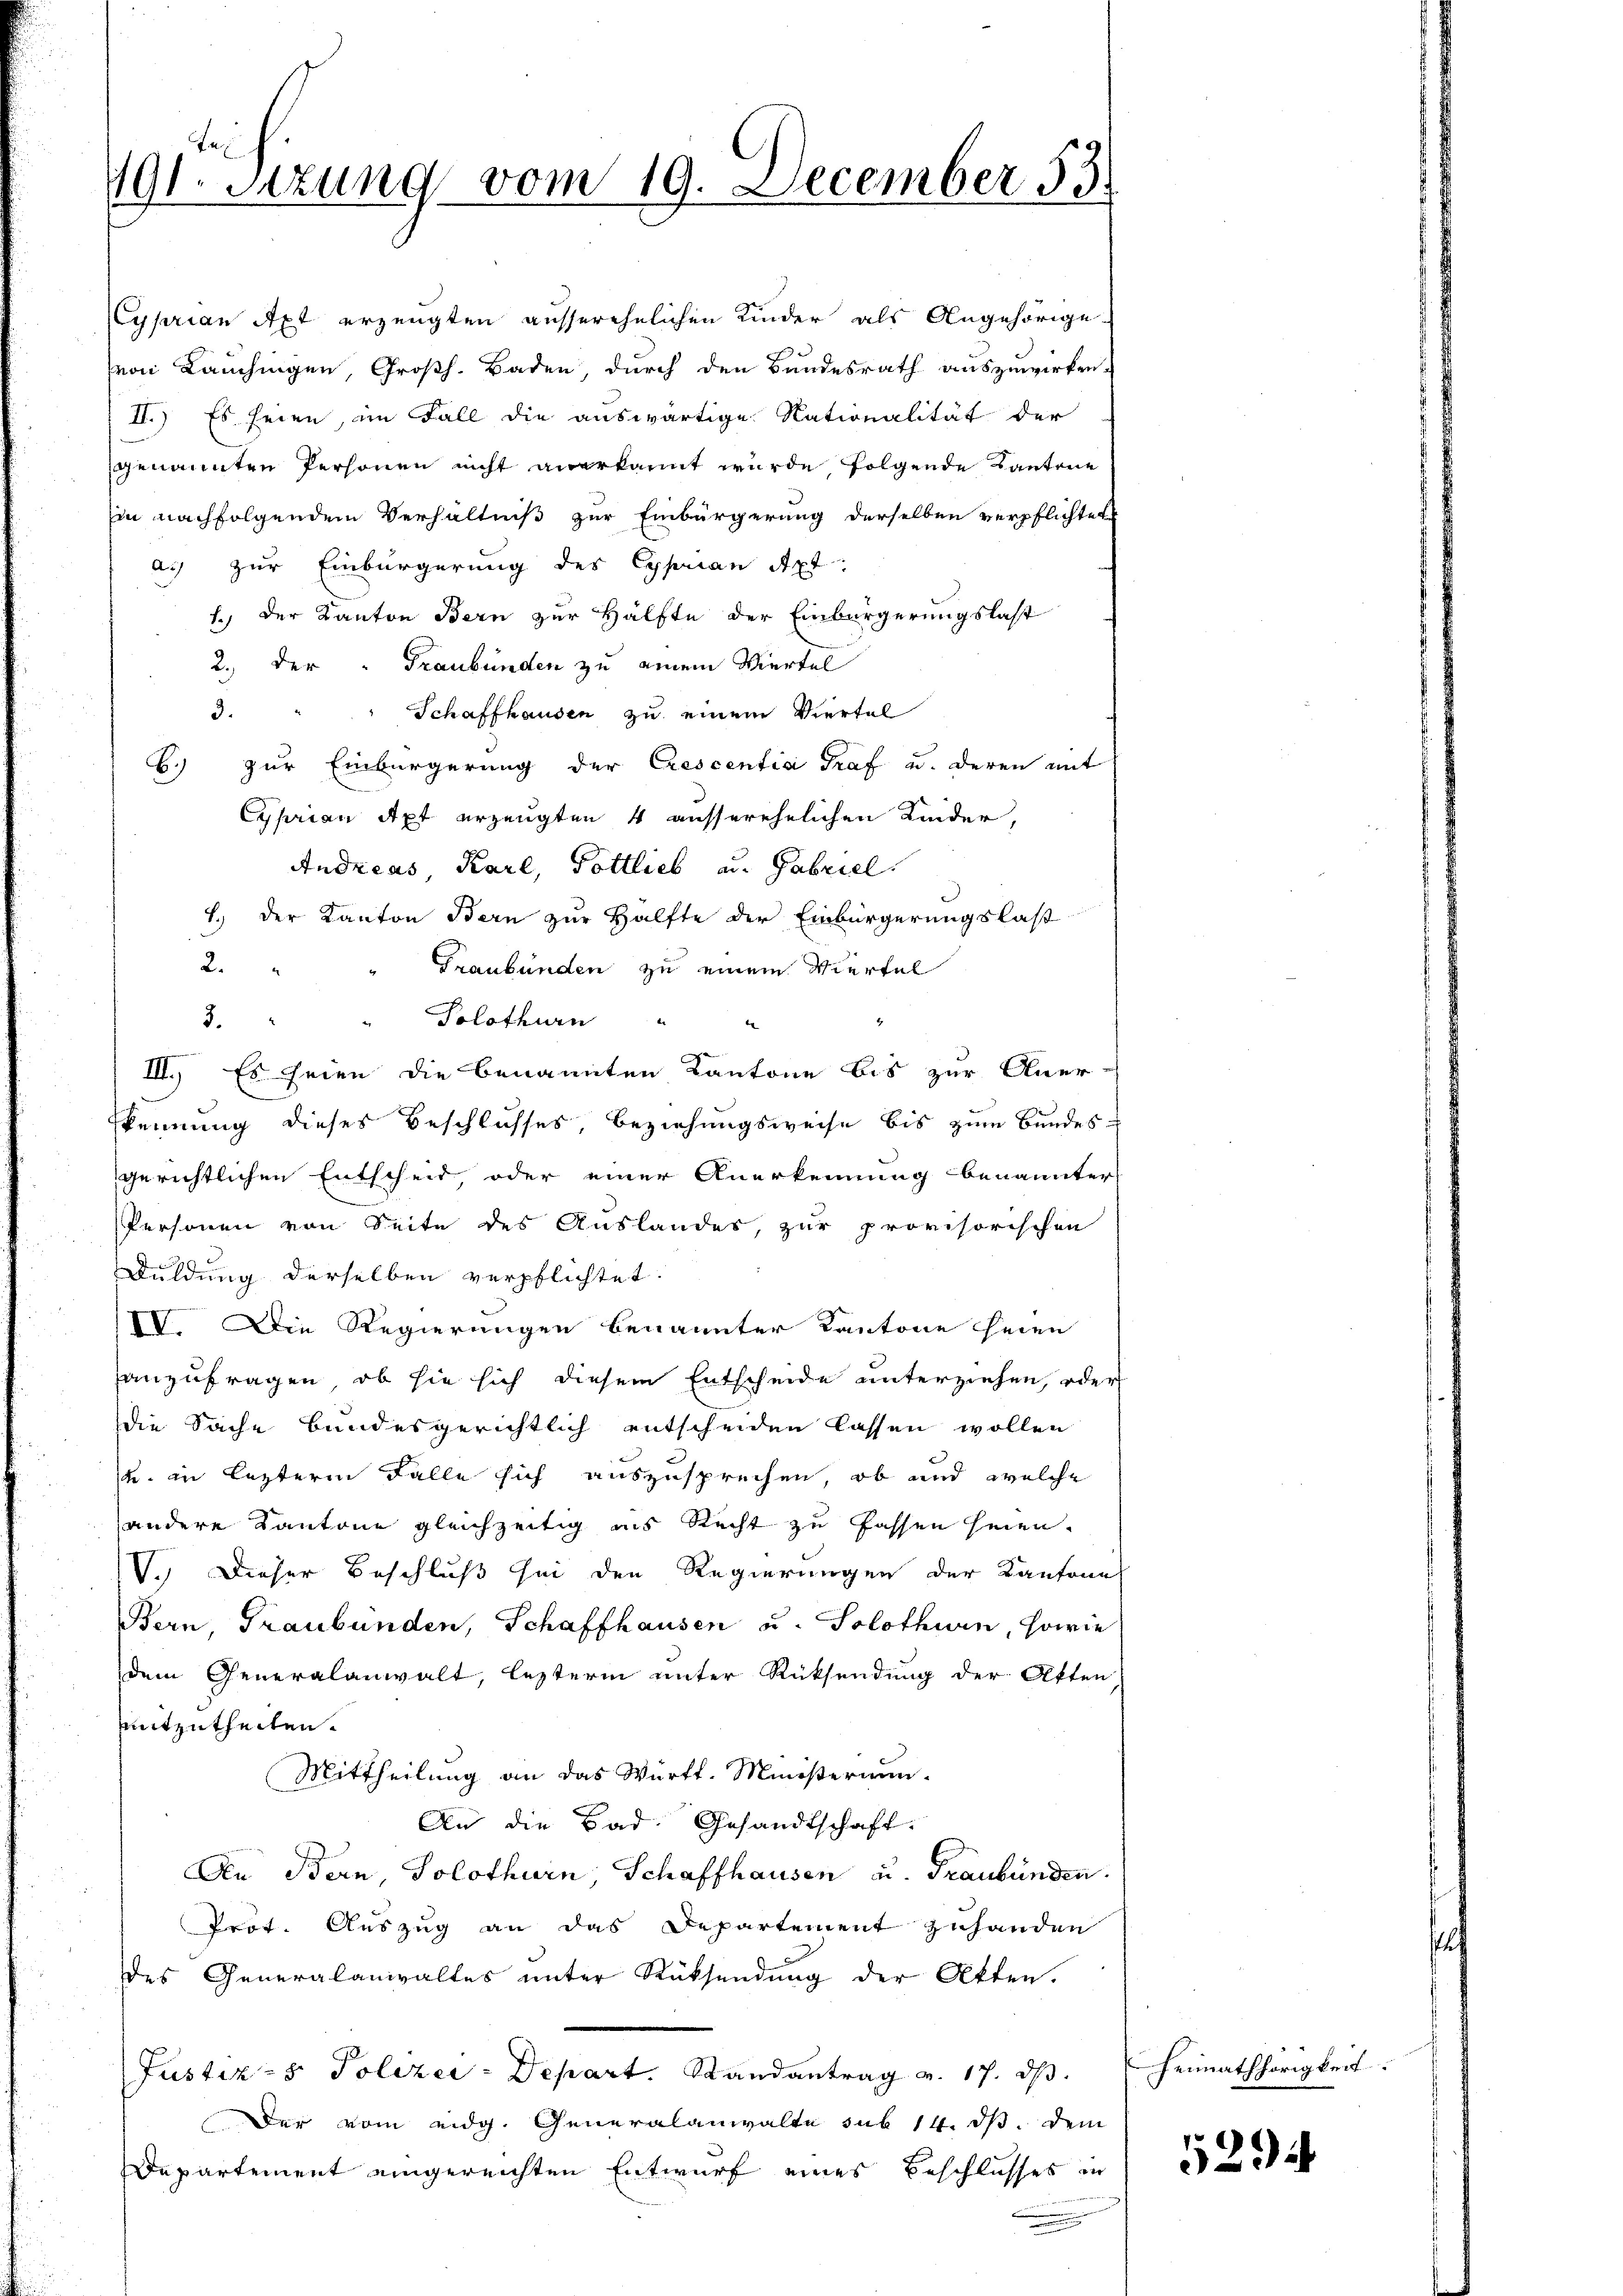
191. Sitzung vom 19. December 53.

Cyprian Axt erzeugten ausserehelichen Kinder als Angehörige-
von Lauchingen, Großh. Baden, durch den Bundesrath auszuwirken.
II.) Es seien, im Fall die auswärtige Nationalität der
genannten Personen nicht anerkannt wurde, folgende Kantone
Ein nachfolgendem Verhältniß zur Einbürgerung derselben verpflichtet
a.) zur Einbürgerung des Cyprian Apt:
1.) Der Kanton Bern zur Hälfte der Einbürgerungslast
2.) Der " Graubünden zu einem Viertel
Schaffhausen zu einem Viertel
3.
zur Einbürgerung der Crescentia Graf u. deren mit
6.)
Cyprian Axt erzeugten 4 ausserehelichen Kinder,
Andreas, Karl, Pottlieb u. Gabriel
1.) Der Kanton Bern zur Hälfte der Einbürgerungslast
2.
Graubünden zu einem Viertel
e
Solothurn
2.
III. Es seien die benannten Kantone bis zur Aner-
kennung dieses Beschlusses, Beziehungsweise bis zum Bundes-
gerichtlichen Entscheid, oder einer Anerkennung benannter
Personen von Seite des Auslandes, zur provisorischen
Duldung derselben verpflichtet.
IV. Die Regierungen benannter Kantone seien
anzufragen, ob sie sich diesem Entscheide unterziehen, oder
die Sache bundesgerichtlich entscheiden lassen wollen
u. in lezterm Falle sich auszusprechen, ob und welche
andere Kantone gleichzeitig als Recht zu fassen seien.
V. Dieser Beschluß sei den Regierungen der Kantone
Bern, Graubünden, Schaffhausen u. Solothurn, sowie
dem Generalanwalt, lezterm unter Rücksendung der Otten
mitzutheilen.
Mittheilung an das Württ. Ministerium.
An die Bad Gesandtschaft.
An Bern, Solothurn, Schaffhausen u. Graubünden.
Prot. Auszug an das Departement zuhanden
des Generalanwaltes unter Rücksendung der Akten.
Justiz- & Polizei-Depart. Randantrag v. 17. dβ. Heimathörigkeit.
Der vom eidg. Generalanwalte sub 14. ds. dem
Departement eingereichten Entwurf eines Beschlusses in

5294